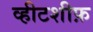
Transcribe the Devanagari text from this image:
व्हीटशीफ़